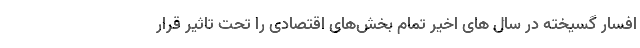
افسار گسیخته در سال های اخیر تمام بخش‌های اقتصادی را تحت تاثیر قرار